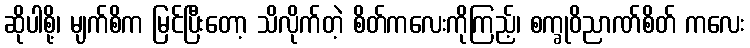
ဆိုပါစို့၊ မျက်စိက မြင်ပြီးတော့ သိလိုက်တဲ့ စိတ်ကလေးကိုကြည့်၊ စက္ခုဝိညာဏ်စိတ် ကလေး